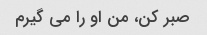
صبر کن، من او را می گیرم